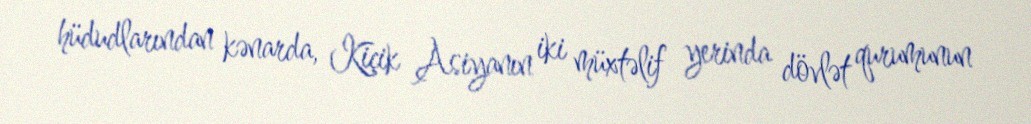
hüdudlarından kənarda, Kiçik Asiyanın iki müxtəlif yerinda dövlət qurumunun